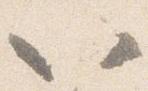
以